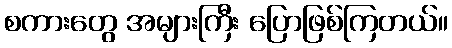
စကားတွေ အများကြီး ပြောဖြစ်ကြတယ်။